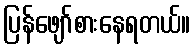
ပြန်ဖျော်စားနေရတယ်။